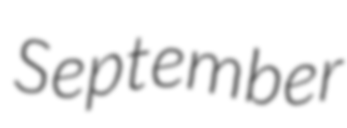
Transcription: September